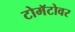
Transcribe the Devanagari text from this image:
टोमॅटोवर